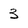
Character: 3